Rangoon Lunatic Asylum 1893-1897 - 1893-1897
Year: 1893
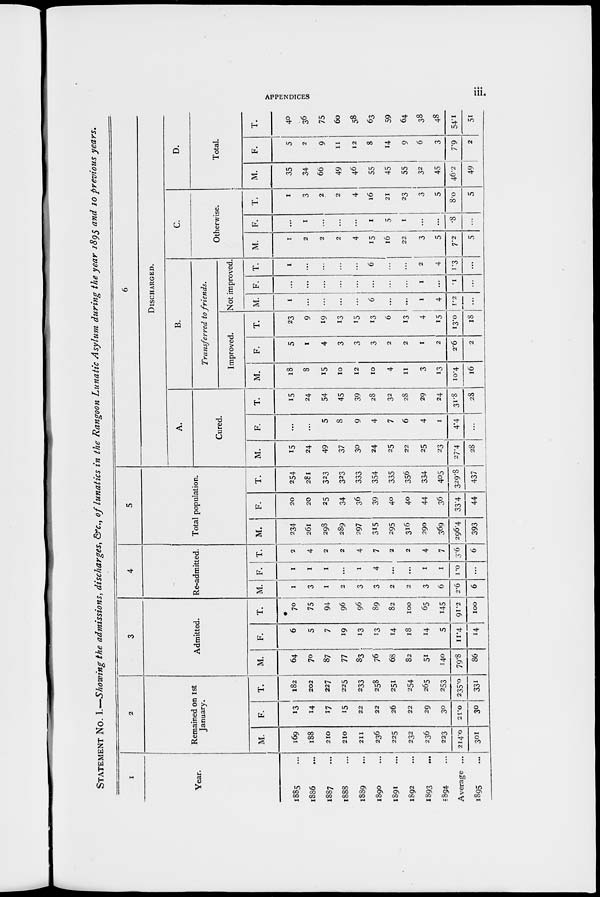
APPENDICES
iii.
STATEMENT No. I.—Showing the admissions, discharges, &c., of lunatics in the Rangoon Lunatic Asylum during the year 1895 and 10 previous years.
1
Year.
1885 ...
1886 ...
1887 ...
1888 ...
1889 ...
1890 ...
1891 ...
1892 ...
1893 ...
1894
...
Average ...
1895 ...
2
Remained on 1st
January.
M.
169
188
210
210
211
236
225
232
236
223
214.0
301
F.
13
14
17
15
22
22
26
22
29
30
21.0
30
T.
182
202
227
225
233
258
251
254
265
253
235.0
331
3
Admitted.
M.
64
70
87
77
83
76
68
82
51
140
79.8
86
F.
6
5
7
19
13
13
14
18
14
5
11.4
14
T.
70
75
94
96
96
89
82
100
65
145
91.2
100
4
Re-admitted.
M.
1
3
1
2
3
3
2
2
3
6
2.6
6
F.
1
1
1
...
1
4
...
...
1
1
1.0
...
T.
2
4
2
2
4
7
2
2
4
7
3.6
6
5
Total population.
M.
234
261
298
289
297
315
295
316
290
369
296.4
393
F.
20
20
25
34
36
39
40
40
44
36
33.4
44
T.
254
281
323
323
333
354
335
356
334
405
329.8
437
6
DISCHARGED.
A.
Cured.
M.
15
24
49
37
30
24
25
22
25
23
27.4
28
F.
...
...
5
8
9
4
7
6
4
1
4.4
...
T.
15
24
54
45
39
28
32
28
29
24
31.8
28
B.
Transferred to friends.
Improved.
M.
18
8
15
10
12
10
4
11
3
13
10.4
16
F.
5
1
4
3
3
3
2
2
1
2
2.6
2
T.
23
9
19
13
15
13
6
13
4
15
13.0
18
Not improved.
M.
1
...
...
...
...
6
...
...
1
4
1.2
...
F.
...
...
...
...
...
...
...
...
1
...
.1
...
T.
1
...
...
...
...
6
...
...
2
4
1.3
...
C.
Otherwise.
M.
1
2
2
2
4
15
16
22
3
5
7.2
5
F.
...
1
...
...
...
1
5
1
...
...
.8
...
T.
1
3
2
2
4
16
21
23
3
5
8.0
5
D.
Total.
M.
35
34
66
49
46
55
45
55
32
45
46.2
49
F.
5
2
9
11
12
8
14
9
6
3
7.9
2
T.
40
36
75
60
58
63
59
64
38
48
54.1
51